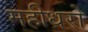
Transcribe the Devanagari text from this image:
महीधरो